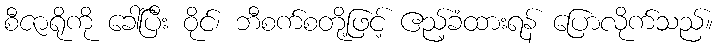
စီဇာရိုကို ခေါ်ပြီး ဝိုင်၊ ဘီစက်စတို့ဖြင့် ဧည့်ခံထားရန် ပြောလိုက်သည်။